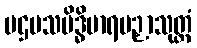
ပဌမသမိဒ္ဓိမာရပဉှာသုတ္တံ